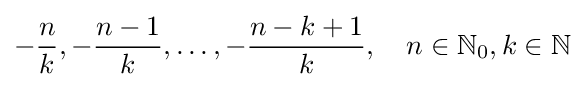
-{\frac {n}{k}},-{\frac {n-1}{k}},\ldots ,-{\frac {n-k+1}{k}},\quad n\in {\mathbb {N} }_{0},k\in \mathbb {N}